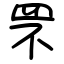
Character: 罘